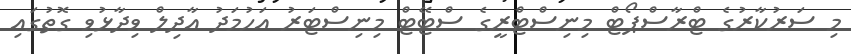
މި ސަރުކާރުގެ ޓްރާސްޕޯޓް މިނިސްޓްރީގެ ސްޓޭޓް މިނިސްޓަރު އަހުމަދު އާދިލް ވިދާޅުވި ގޮތުގައި